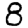
Digit: 8